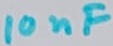
Text: 10nF